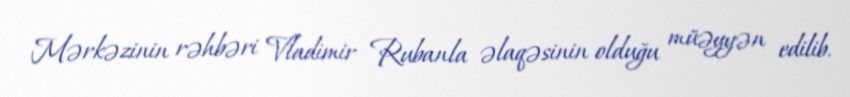
Mərkəzinin rəhbəri Vladimir Rubanla əlaqəsinin olduğu müəyyən edilib.